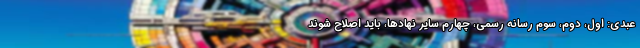
عبدی: اول، دوم، سوم رسانه رسمي، چهارم سایر نهادها، باید اصلاح شوند